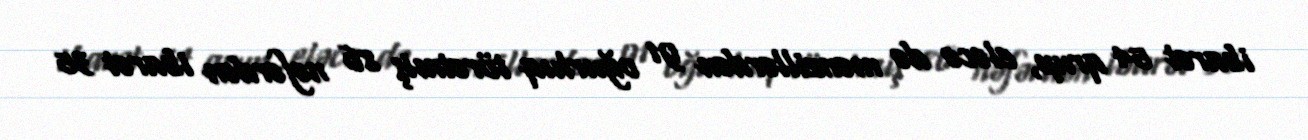
ibarət 54 qrup, eləcə də mənzillərdən 91 oğurluq törətmiş 86 nəfərdən ibarət 35